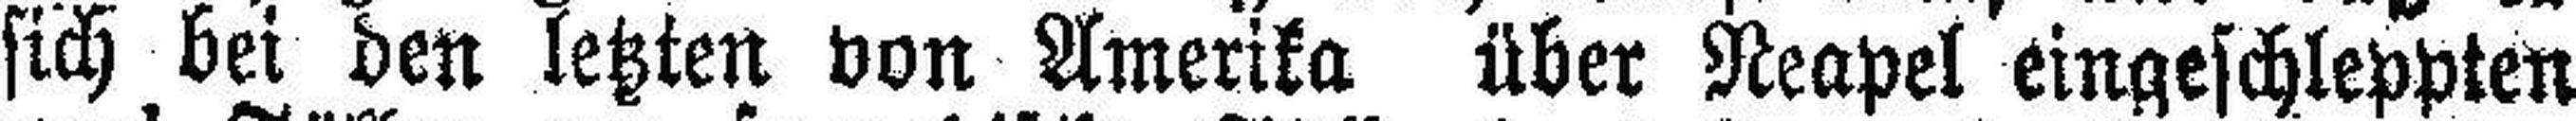
sich bei den letzten von Amerika über Neapel eingeschleppten